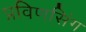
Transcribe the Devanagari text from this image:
प्रविणसिंग